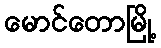
မောင်တောမြို့